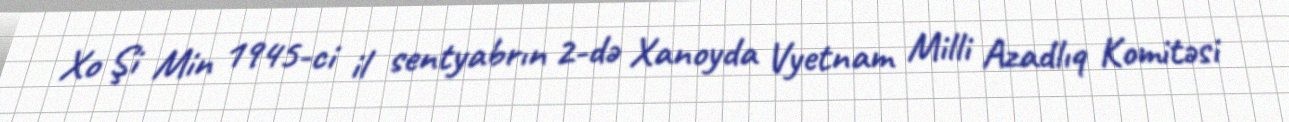
Xo Şi Min 1945-ci il sentyabrın 2-də Xanoyda Vyetnam Milli Azadlıq Komitəsi